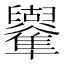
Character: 𠧑